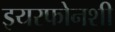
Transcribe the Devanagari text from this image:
इयरफोनशी